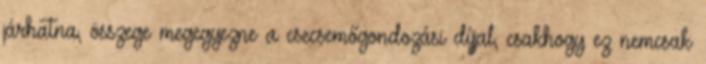
járhatna, összege megegyezne a csecsemőgondozási díjjal, csakhogy ez nemcsak